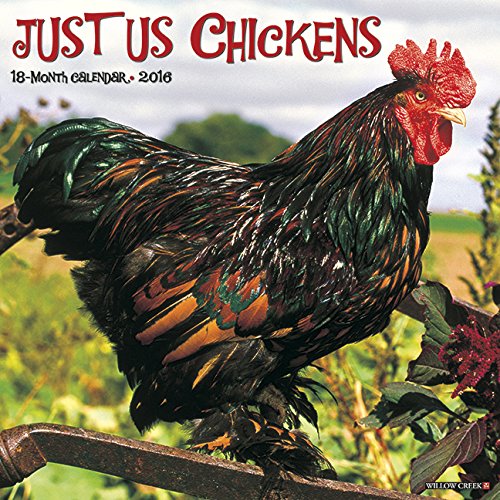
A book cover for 2016 Just Us Chickens Wall Calendar; Willow Creek Press; Crafts, Hobbies & Home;